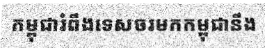
កម្ពុជារំពឹងទេសចរមកកម្ពុជានឹង